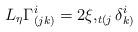
LaTeX: \begin{align*}L_{\eta}\Gamma_{(jk)}^{i}=2\xi,_{t(j}\delta_{k)}^{i} \end{align*}